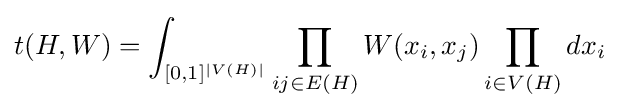
t(H,W)=\int _{[0,1]^{|V(H)|}}\prod _{ij\in E(H)}W(x_{i},x_{j})\prod _{i\in V(H)}dx_{i}